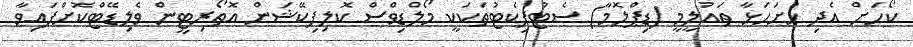
ކޯހަށް އެދި ހުށަހަޅާ ތައުލީމީ (ޑިޕްލޮމާ) ސެޓުފިކެޓުތަކަކީ މޯލްޑިވްސް ކޮލިފިކޭޝަން އޮތޯރިޓީން ވެލިޑޭޓްކޮށްފައިވާ